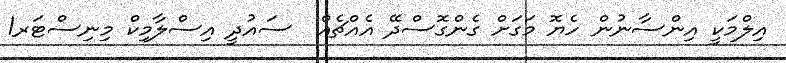
އިލްމަކީ އިންސާނުން ހެޔޮ މަގަށް ގެންގޮސްދޭ އެއްޗެއް  ސައުދީ އިސްލާމިކް މިނިސްޓަރ1